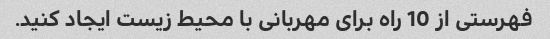
فهرستی از 10 راه برای مهربانی با محیط زیست ایجاد کنید.